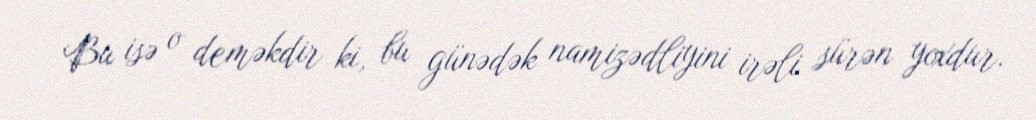
Bu isə o deməkdir ki, bu günədək namizədliyini irəli sürən yoxdur.